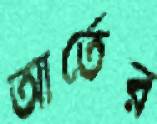
আর্তের